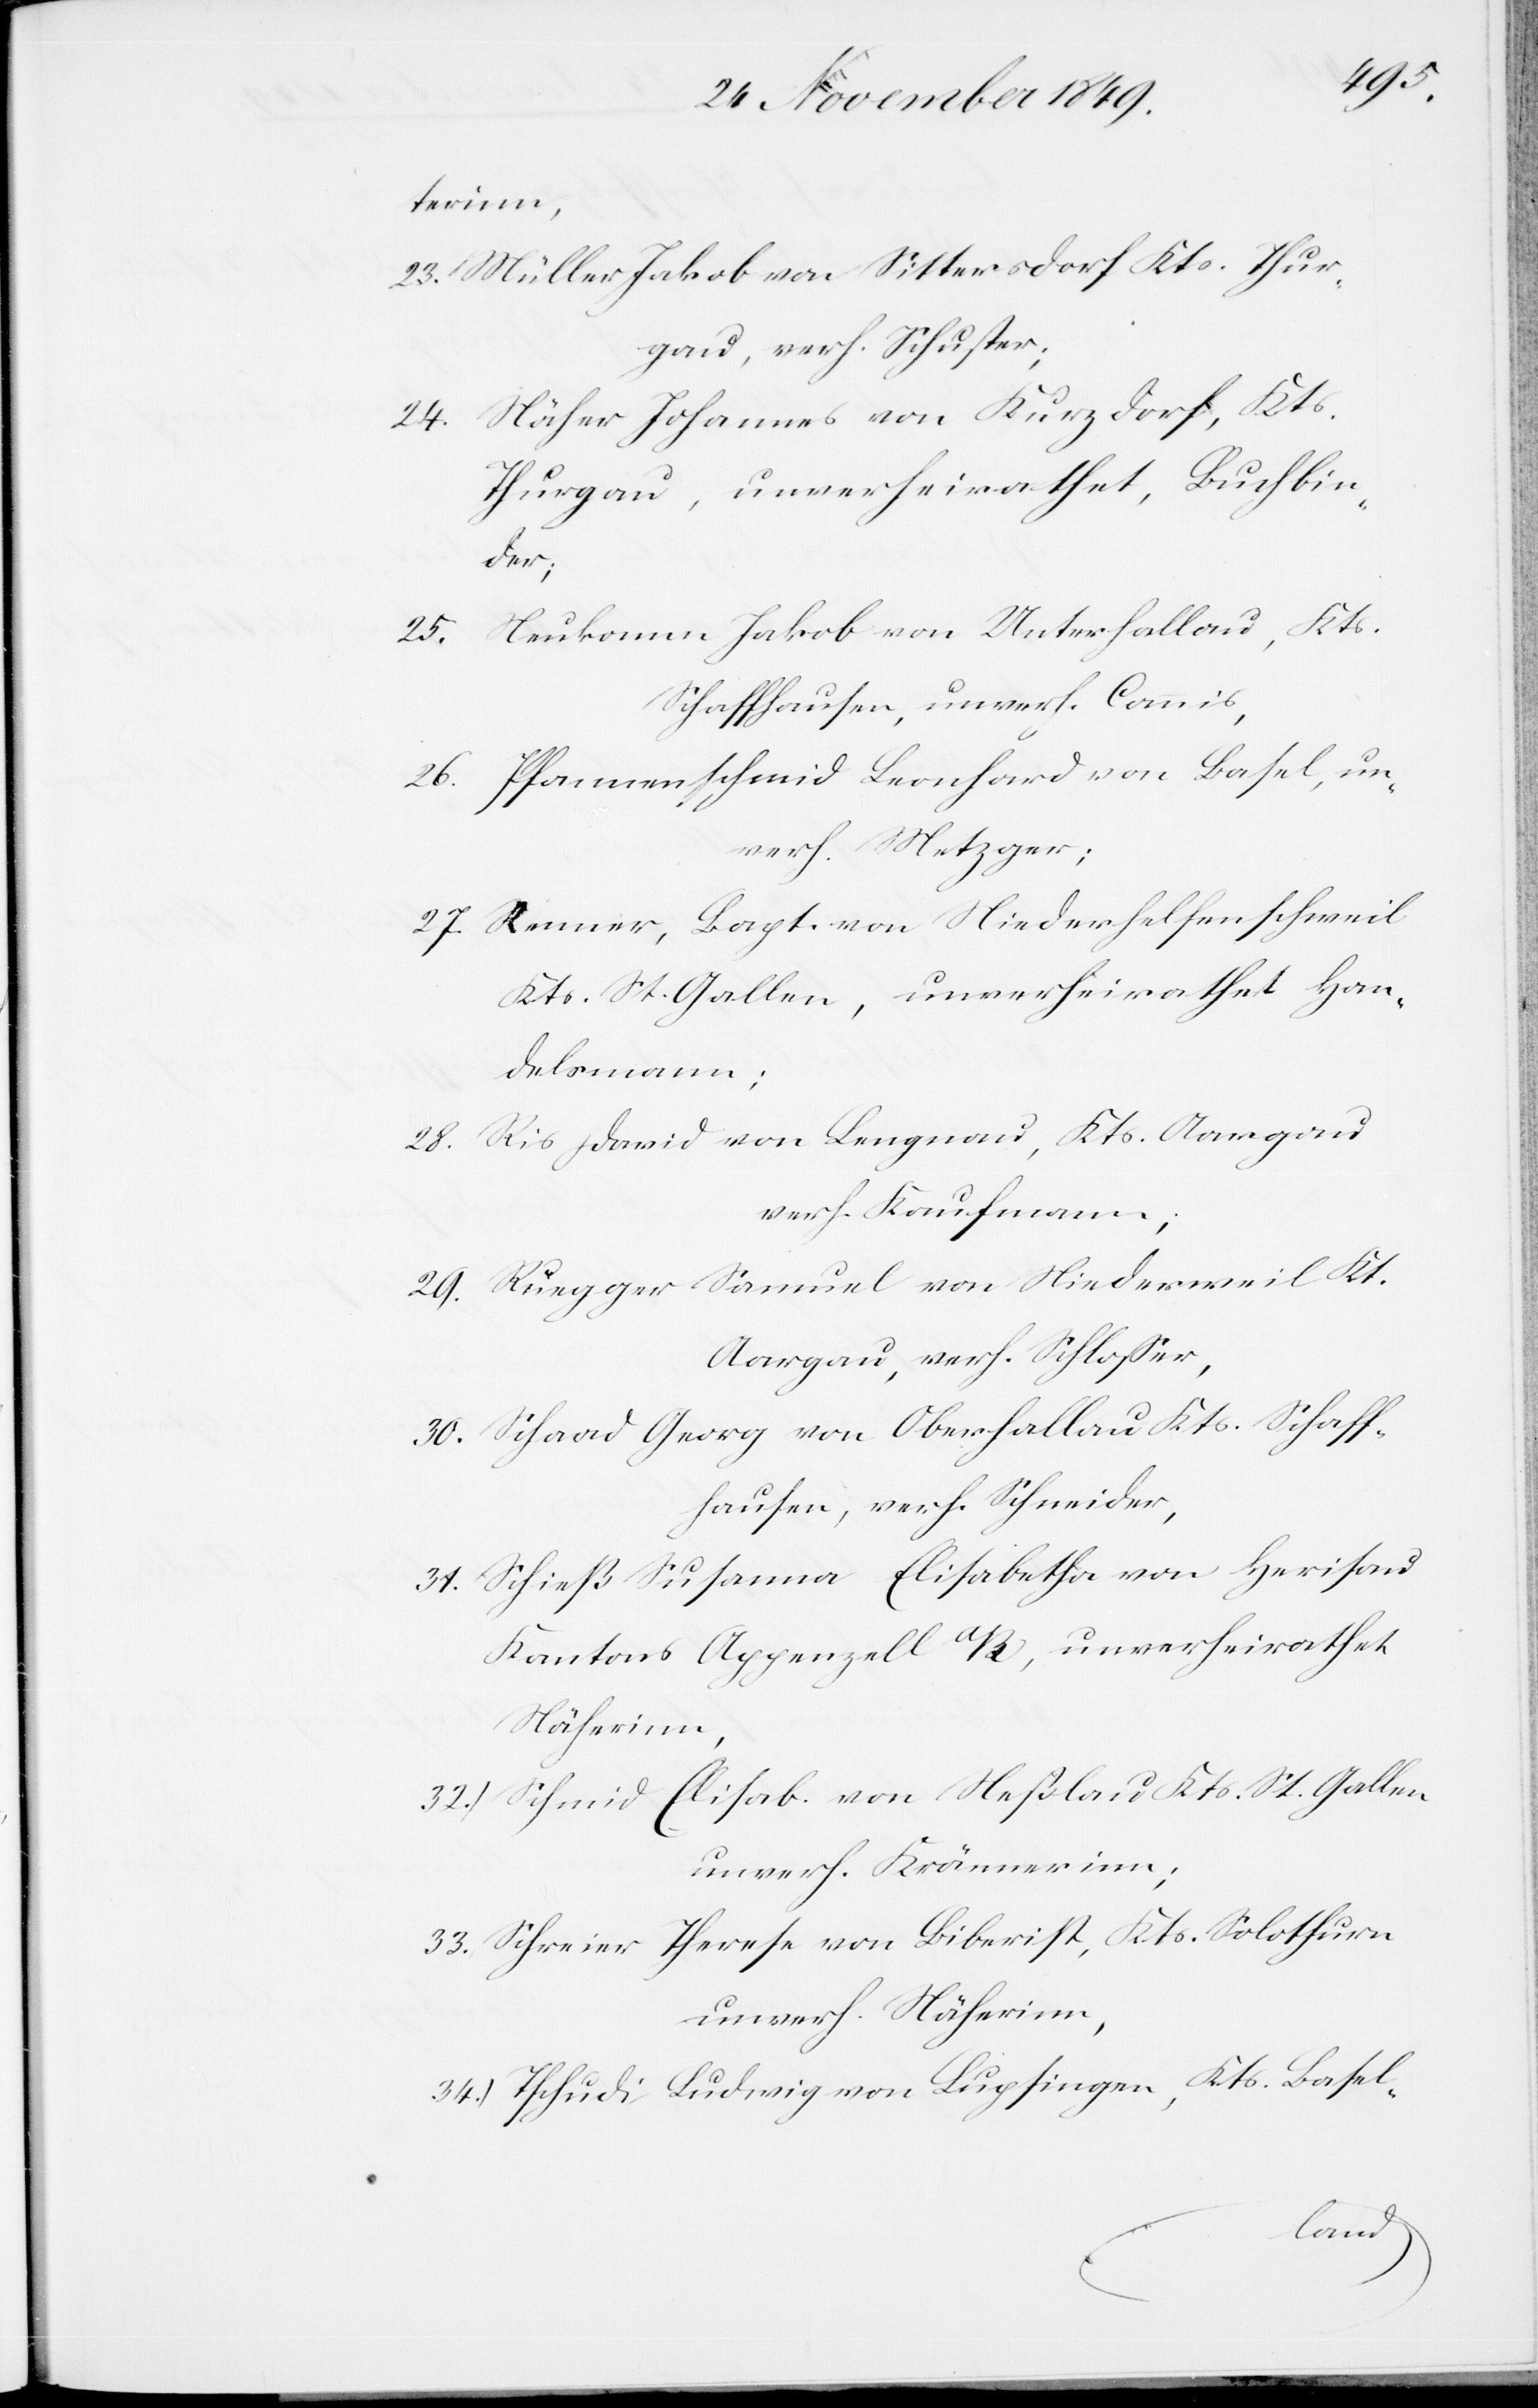
terinn,
23. Müller Jakob von Sittersdorf Kts. Thur¬
gau, verh. Schuster;
24. Näher Johannes von Kurzdorf, Kts.
Thurgau, unverheirathet, Buchbin¬
der;
25. Neukomm Jakob von Unterhallau, Kts.
Schaffhausen, unverh. Commis,
26. Pfannenschmid Leonhard von Basel, un¬
verh. Metzger;
27. Renner, Bapt. von Niederhelfenschweil
Kts. St. Gallen, unverheirathet Han¬
delsmann;
28. Ris David von Langnau, Kts. Aargau
verh. Kaufmann;
29. Rüegger Samuel von Niederweil Kt.
Aargau, verh. Schloßer,
30. Schaad Georg von Oberhallau Kts. Schaff¬
hausen, verh. Schneider,
31. Schieß Susanna Elisabetha von Herisau
Kantons Appenzell a/R., unverheirathet,
Näherinn,
32.) Schmid Elisab. von Neßlau Kts. St. Gallen
33. Schreiner Therese von Biberist, Kts. Solothurn
unverh. Näherinn,
34.) Tschudi Ludwig von Lupfingen, Kts. Basel-